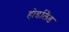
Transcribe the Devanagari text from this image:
होर्डालैंड